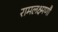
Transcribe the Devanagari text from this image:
रामलक्ष्मणौ